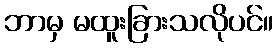
ဘာမှ မထူးခြားသလိုပင်။